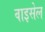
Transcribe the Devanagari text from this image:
वाइसेल